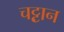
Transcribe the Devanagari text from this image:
चट्ट़ान